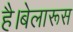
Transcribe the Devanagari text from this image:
है।बेलारूस